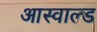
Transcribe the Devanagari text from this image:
आस्वाल्ड